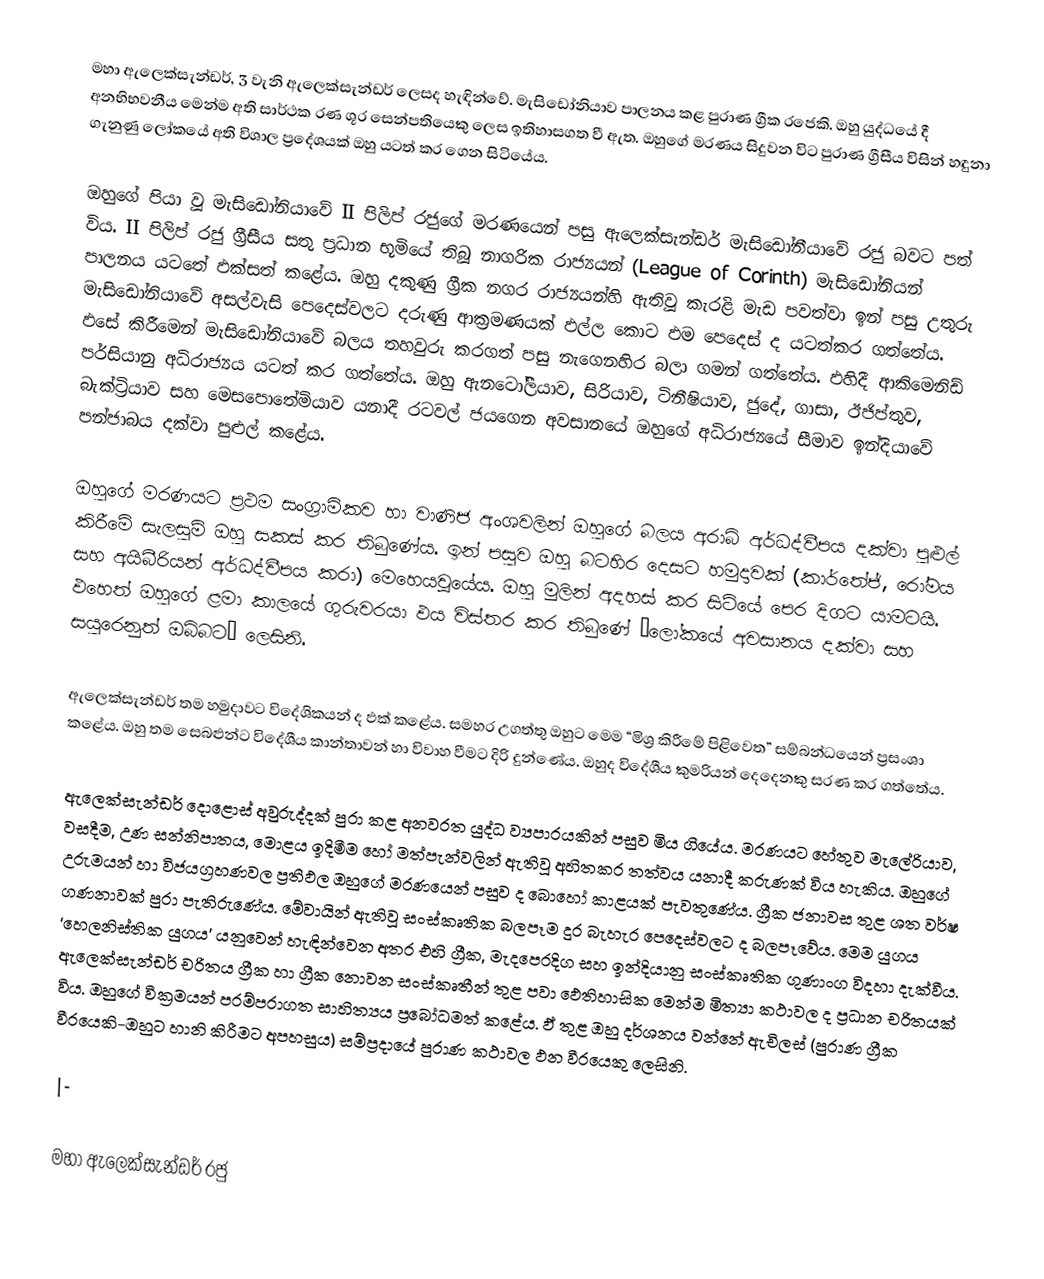
මහා ඇලෙක්සැන්ඩර්, 3 වැනි ඇලෙක්සැන්ඩර් ලෙසද හැඳින්වේ. මැසිඩෝනියාව පාලනය කළ පුරාණ ග්‍රීක රජෙකි. ඔහු යුද්ධයේ දී අනභිභවනීය මෙන්ම අති සාර්ථක රණ ශූර සෙන්පතියෙකු‍ ලෙස ඉතිහාසගත වී ඇත. ඔහුගේ මරණය සිදුවන විට පුරාණ ග්‍රීසීය විසින් හඳුනා ගැනුණු ලෝකයේ අති විශාල ප්‍රදේශයක් ඔහු යටත් කර ගෙන සිටියේය.

ඔහුගේ පියා වූ මැසිඩෝනියාවේ II පිලිප් රජුගේ මරණයෙන් පසු ඇලෙක්සැන්ඩර් මැසිඩෝනීයාවේ රජු බවට පත් විය. II පිලිප් රජු ග්‍රීසීය සතු ප්‍රධාන භූමියේ තිබූ නාගරික රාජ්‍යයන් (League of Corinth) මැසිඩෝනියන් පාලනය යටතේ ඵක්සත් කළේය. ඔහු දකුණු ග්‍රීක නගර රාජ්‍යයන්හි ඇතිවූ කැරළි මැඩ පවත්වා ඉන් පසු උතුරු මැසිඩෝනියාවේ අසල්වැසි පෙදෙස්වලට දරුණු ආක්‍රමණයක් ඵල්ල කොට ඵම පෙදෙස් ද යටත්කර ගත්තේය. ඵසේ කිරීමෙන් මැසිඩෝනියාවේ බලය තහවුරු කරගත් පසු නැගෙනහිර බලා ගමන් ගත්තේය. ඵහිදී ආකිමෙනිඩ් පර්සියානු අධිරාජ්‍යය යටත් කර ගත්තේය. ඔහු ඇනටෝලීයාව, සිරියාව, ටිනීෂියාව, ජුදේ, ගාසා, ඊජිප්තුව, බැක්ට්‍රියාව සහ මෙසපොතේමියාව යනාදී රටවල් ජයගෙන අවසානයේ ඔහුගේ අධිරාජ්‍යයේ සීමාව ඉන්දියාවේ පන්ජාබය දක්වා පුළුල් කළේය.

ඔහුගේ මරණයට ප්‍රථම සංග්‍රාමිකව හා වාණිජ අංශවලින් ඔහුගේ බලය අරාබි අර්ධද්වීපය දක්වා පුළුල් කිරීමේ සැලසුම් ඔහු සකස් කර තිබුණේය. ඉන් පසුව ඔහු බටහිර දෙසට හමුදාවක් (කාර්තේජ්, රෝමය සහ අයිබීරියන් අර්ධද්වීපය කරා) මෙහෙයවූයේය. ඔහු මුලින් අදහස් කර සිටියේ පෙර දිගට යාමටයි. ඵහෙත් ඔහුගේ ළමා කාලයේ ගුරුවරයා ඵය විස්තර කර තිබුණේ “ලෝකයේ අවසානය දක්වා සහ සයුරෙනුත් ඔබ්බට” ලෙසිනි.

ඇලෙක්සැන්ඩර් තම හමුදාවට විදේශිකයන් ද ඵක් කළේය. සමහර උගත්තු ඔහුට මෙම “මිශ්‍ර කිරීමේ පිළිවෙත” සම්බන්ධයෙන් ප්‍රසංශා කළේය. ඔහු තම සෙබළුන්ට විදේශීය කාන්තාවන් හා විවාහ වීමට දිරි දුන්ණේය. ඔහුද විදේශීය කුමරියන් දෙදෙනකු සරණ කර ගත්තේය.

ඇලෙක්සැන්ඩර් දොළොස් අවුරුද්දක් පුරා කළ අනවරත යුද්ධ ව්‍යපාරයකින් පසුව මිය ගියේය. මරණයට හේතුව මැලේරියාව, වසදීම, උණ සන්නිපාතය, මොළය ඉදිමීම හෝ මත්පැන්වලින් ඇතිවූ අහිතකර තත්වය යනාදී කරුණක් විය හැකිය. ඔහුගේ උරුමයන් හා විජයග්‍රහණවල ප්‍රතිඵල ඔහුගේ මරණයෙන් පසුව ද බොහෝ කාළයක් පැවතුණේය. ග්‍රීක ජනාවස තුළ ශත වර්ෂ ගණනාවක් පුරා පැතිරුණේය. මේවායින් ඇතිවූ සංස්කෘතික බලපෑම දුර බැහැර පෙදෙස්වලට ද බලපෑවේය. මෙම යුගය ‘හෙලනිස්තික යුගය’ යනුවෙන් හැඳින්වෙන අතර එහි ග්‍රීක, මැදපෙරදිග සහ ඉන්දියානු සංස්කෘතික ගුණාංග විදහා දැක්වීය. ඇලෙක්සැන්ඩර් චරිතය ග්‍රීක හා ග්‍රීක නොවන සංස්කෘතීන් තුළ පවා ඵෙතිහාසික මෙන්ම මිත්‍යා කථාවල ද ප්‍රධාන චරිතයක් විය. ඔහුගේ වික්‍රමයන් පරම්පරාගත සාහිත්‍යය ප්‍රබෝධමත් කළේය. ඵ් තුළ ඔහු දර්ශනය වන්නේ ඇචිලස් (පුරාණ ග්‍රීක වීරයෙකි-ඔහුට හානි කිරීමට අපහසුය) සම්ප්‍රදායේ පුරාණ කථාවල ඵන වීරයෙකු ලෙසිනි.

|-

මහා ඇලෙක්සැන්ඩර් රජු